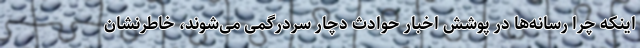
اینکه چرا رسانه‌ها در پوشش اخبار حوادث دچار سردرگمی می‌شوند، خاطرنشان